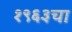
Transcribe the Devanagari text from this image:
१९६३चा